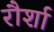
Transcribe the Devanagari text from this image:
रौर्शा